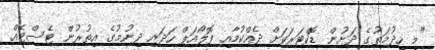
"މި ހިދުމަތުގެ ދަށުން ޑޮކްޓަރަކަށް ދެއްކުމާއި ފޮލޯއަޕް ހަދައި ދިނުމުގެ އިތުރުން ޓެސްޓެއް